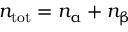
n _ { \mathrm { t o t } } = n _ { \upalpha } + n _ { \upbeta }